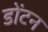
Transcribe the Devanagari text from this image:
डोंटन